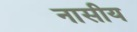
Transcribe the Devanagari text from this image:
नासीय